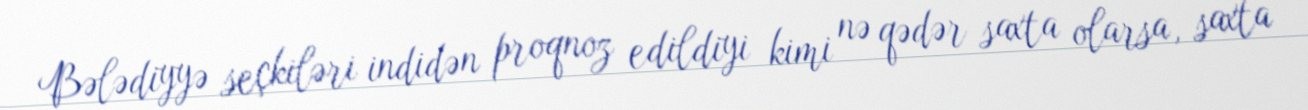
Bələdiyyə seçkiləri indidən proqnoz edildiyi kimi nə qədər saxta olarsa, saxta